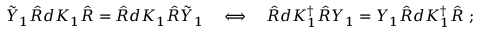
\tilde { Y } _ { 1 } \hat { R } d K _ { 1 } \hat { R } = \hat { R } d K _ { 1 } \hat { R } \tilde { Y } _ { 1 } \quad \Longleftrightarrow \quad \hat { R } d K _ { 1 } ^ { \dagger } \hat { R } Y _ { 1 } = Y _ { 1 } \hat { R } d K _ { 1 } ^ { \dagger } \hat { R } \; ;